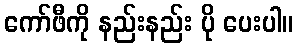
ကော်ဖီကို နည်းနည်း ပို ပေးပါ။